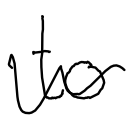
Text: to
Cross-out: wave
Writing tool: digital_black